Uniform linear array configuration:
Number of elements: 48
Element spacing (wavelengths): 0.25
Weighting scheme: exponential
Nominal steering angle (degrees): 60
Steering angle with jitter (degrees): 58.48
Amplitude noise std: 0.05
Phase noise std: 0.05

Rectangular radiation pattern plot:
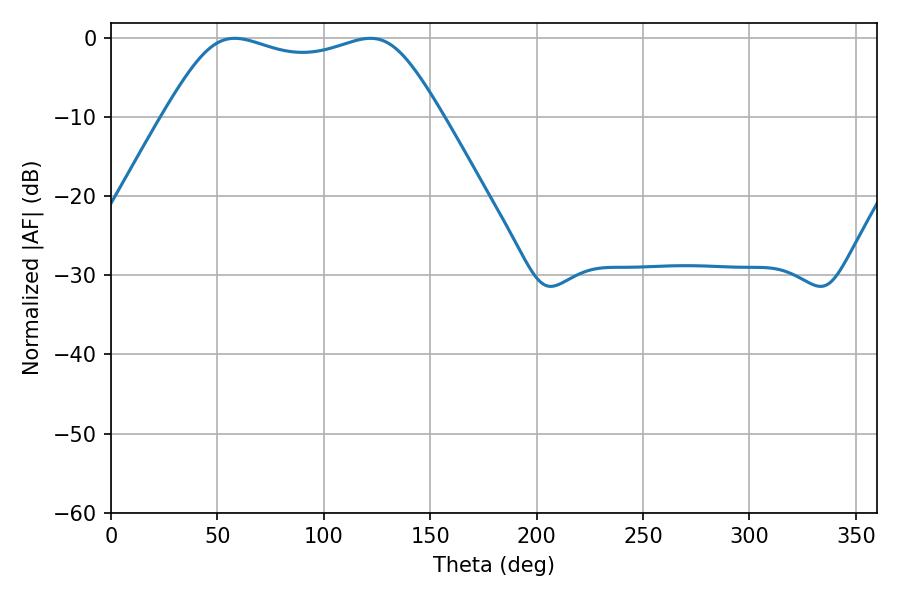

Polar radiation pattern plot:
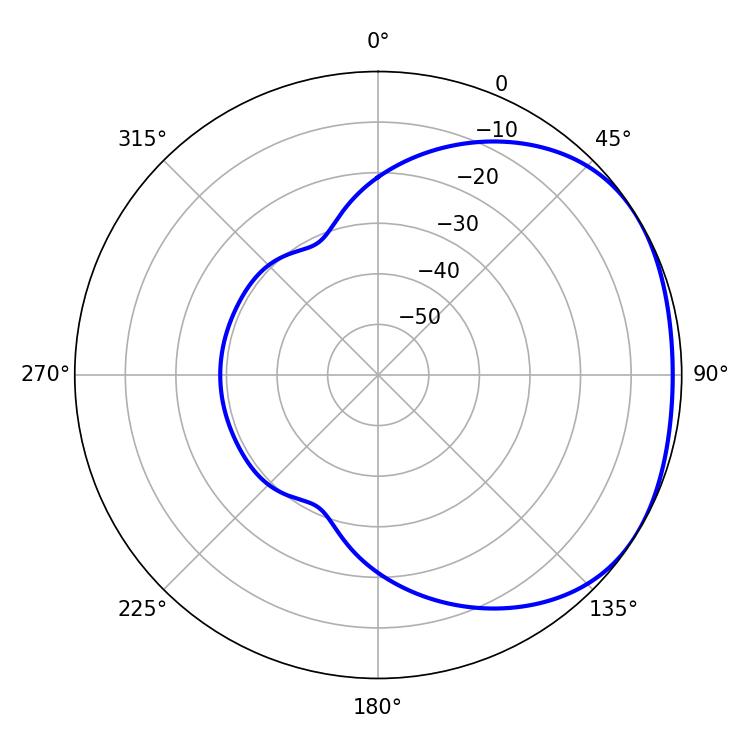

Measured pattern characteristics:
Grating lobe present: FALSE
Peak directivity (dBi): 1.766
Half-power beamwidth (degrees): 99.72
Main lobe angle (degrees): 58.14